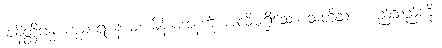
အနိတ္ထိဂန္ဓ ကုမာရံ နာမ၊ မိန်းမအနံ့ကို အလိုမရှိသော သတို့သား မည်သည်ကို။